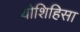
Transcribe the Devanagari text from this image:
योशिहिसा